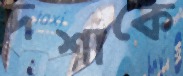
দশাকে